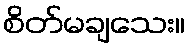
စိတ်မချသေး။